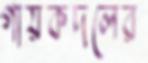
গায়কদলের